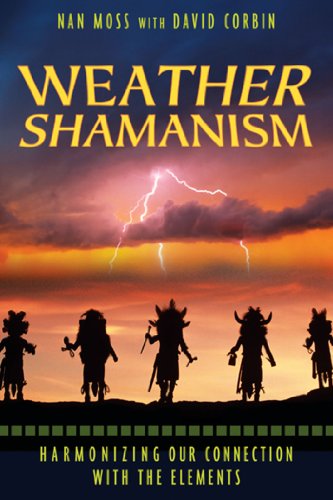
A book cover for Weather Shamanism: Harmonizing Our Connection with the Elements; Nan Moss; Religion & Spirituality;